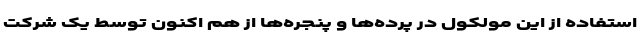
استفاده از این مولکول در پرده‌ها و پنجره‌ها از هم اکنون توسط یک شرکت